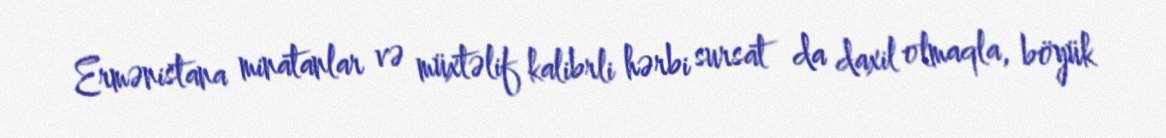
Ermənistana minatanlar və müxtəlif kalibrli hərbi sursat da daxil olmaqla, böyük